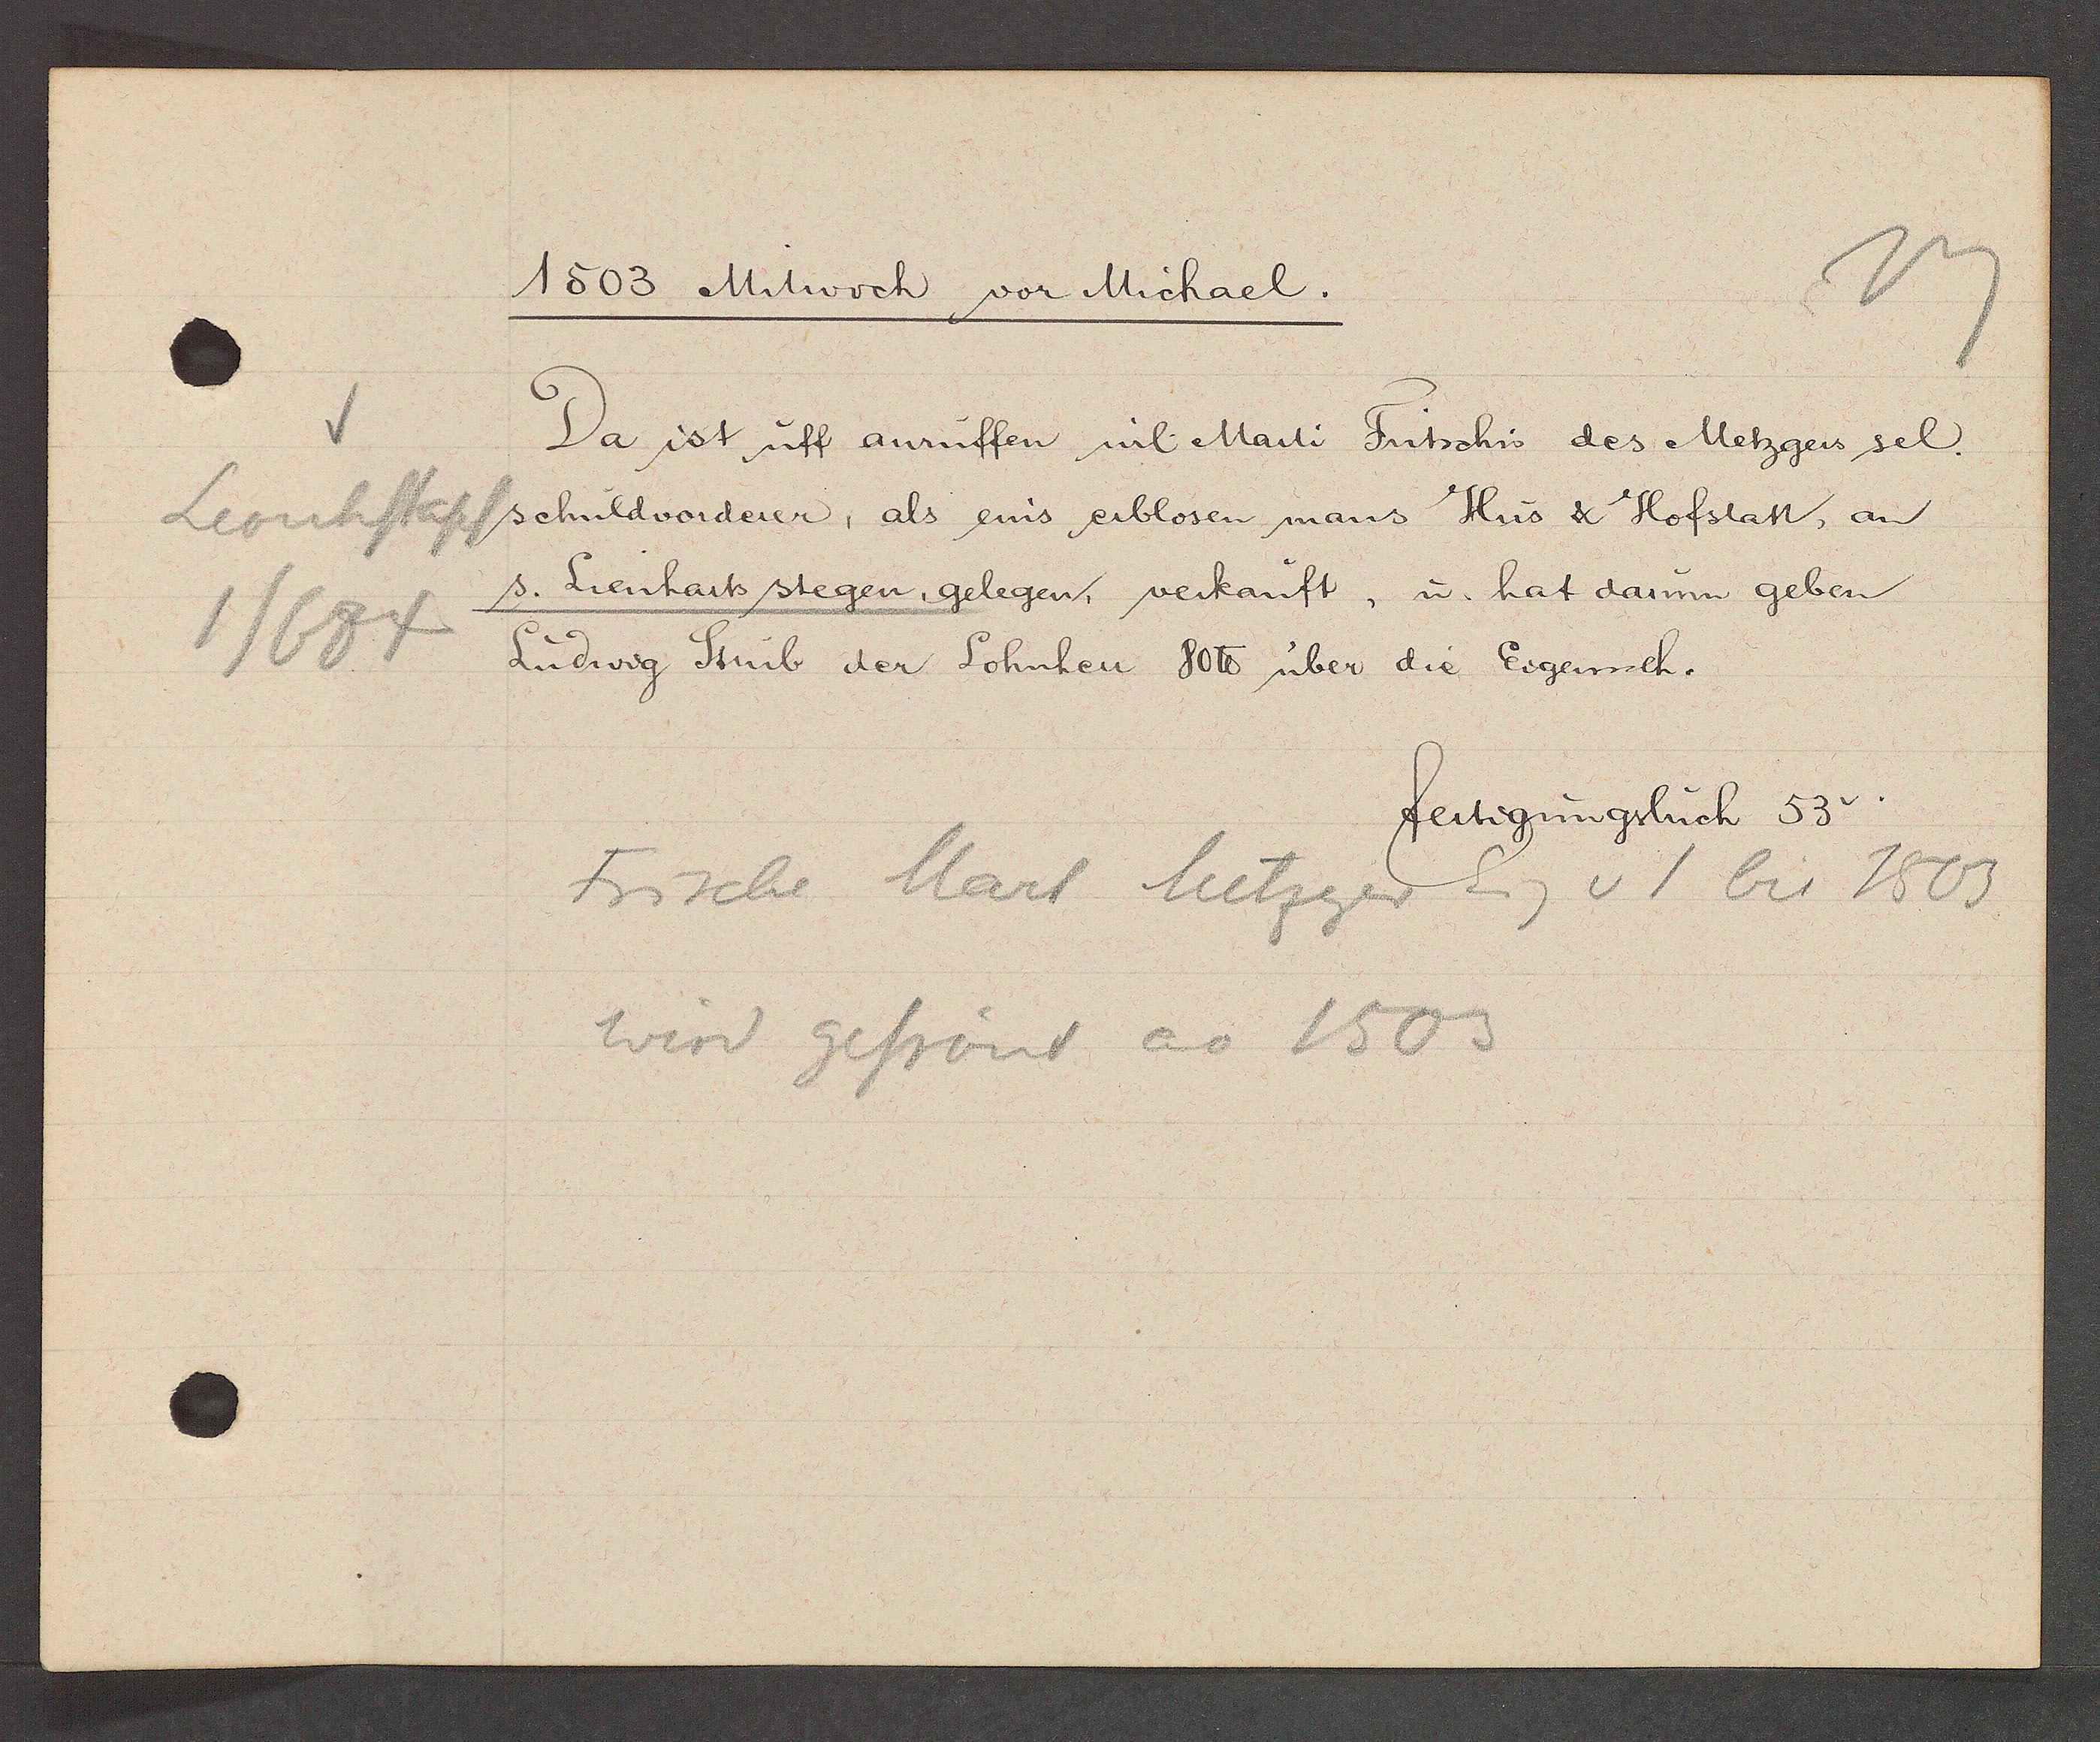
Transcript:
Leonhstapf
1/684

1503 Mitwoch vor Michael.

Da ist uff anruffen wil. Marti Fritschis des Metzgers sel.
schuldvorderer, als eins erblosen mans Hus & Hofstatt, an
s. Lienharts stegen, gelegen, verkauft, u. hat darum geben
Ludwig Stub der Sohnken 80℔ über die Eigensch.

fertigungsbuch 53v.

Frische Mart Metzger Eig v 1 bis 1503
wird gefrönt ao 1503